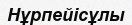
Нұрпейісұлы